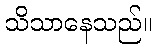
သိသာနေသည်။